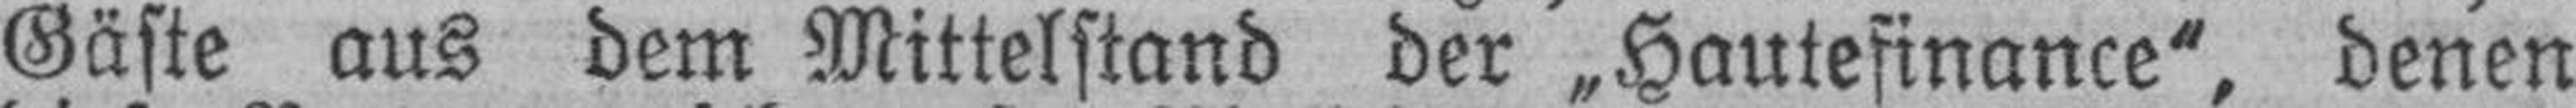
Gäste aus dem Mittelstand der „Hautefinance“, denen